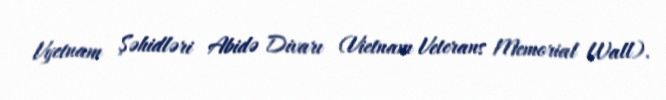
Vyetnam Şəhidləri Abidə Divarı (Vietnam Veterans Memorial Wall).